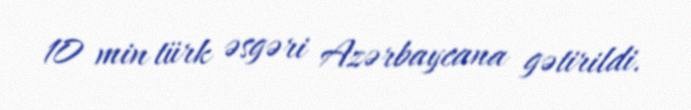
10 min türk əsgəri Azərbaycana gətirildi.